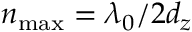
n _ { \mathrm { m a x } } = \lambda _ { 0 } / 2 d _ { z }